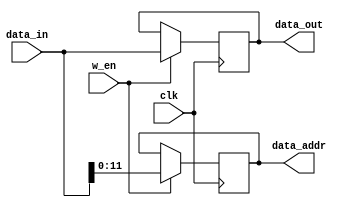
`timescale 1ns / 1ps
module MAR(
	input clk,
	input w_en,
	output reg [31:0] data_out,
	input [31:0] data_in,
	output reg [11:0] data_addr
);

always @ (posedge clk)
	begin
		if (w_en)
			begin
			data_addr<=data_in[11:0];
			data_out<=data_in;
			end
		end
endmodule